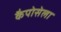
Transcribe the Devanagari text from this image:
कैपोसेला